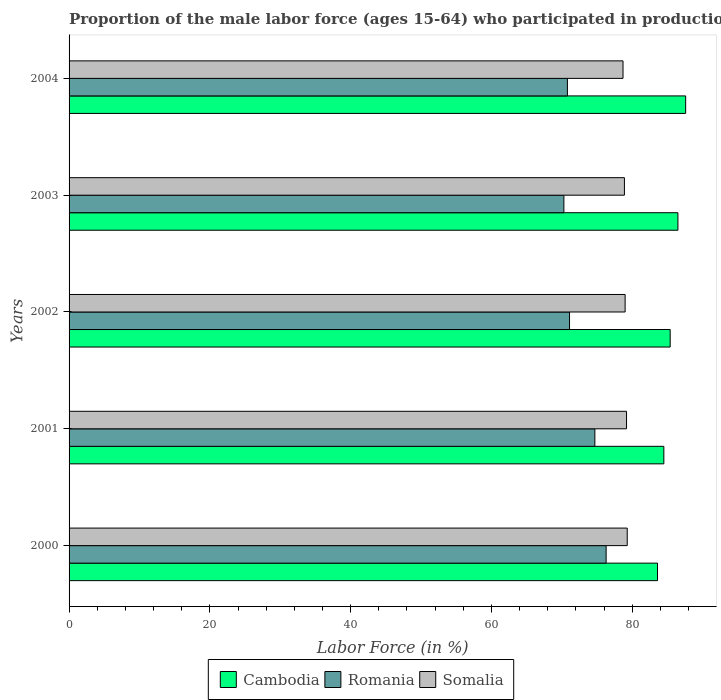
| Years | Cambodia | Romania | Somalia |
 | --- | --- | --- | --- |
 | 2000 | 83.6 | 76.3 | 79.3 |
 | 2001 | 84.5 | 74.7 | 79.2 |
 | 2002 | 85.4 | 71.1 | 79 |
 | 2003 | 86.5 | 70.3 | 78.9 |
 | 2004 | 87.6 | 70.8 | 78.7 |